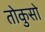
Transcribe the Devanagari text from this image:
तोकुसो